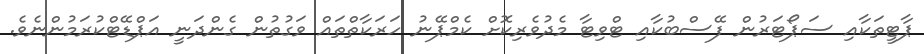
ޕާޓީތަކާއި ސަޕޯޓަރުން ފޭސްބުކާއި ޓްވިޓާ މެދުވެރިކޮށް ކެމްޕޭނު ހަރަކާތްތައް ވަގުތުން ގެންދަނީ އަޕްޑޭޓްކުރަމުންނެވެ.